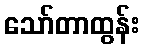
သော်တာထွန်း